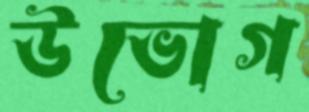
উভোগ